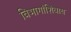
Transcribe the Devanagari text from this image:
विभागांशिवाय